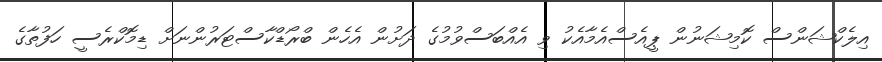
އިލެކްޝަންސް ކޮމިޝަނުން ޕީއެސްއެމާއެކު ވި އެއްބަސްވުމުގެ ދަށުން އެހެން ބްރޯޑްކާސްޓަރުންނަށް ޑިމޮކްރެސީ ހަފުތާގެ